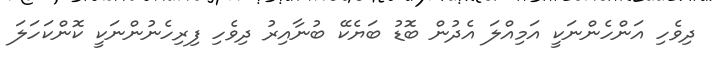
ދިވެހި އަންހެންނަކީ އަމިއްލަ އެދުން ބޮޑު ބަޔެކޭ ބުނާއިރު ދިވެހި ފިރިހެނުންނަކީ ކޮންކަހަލަ